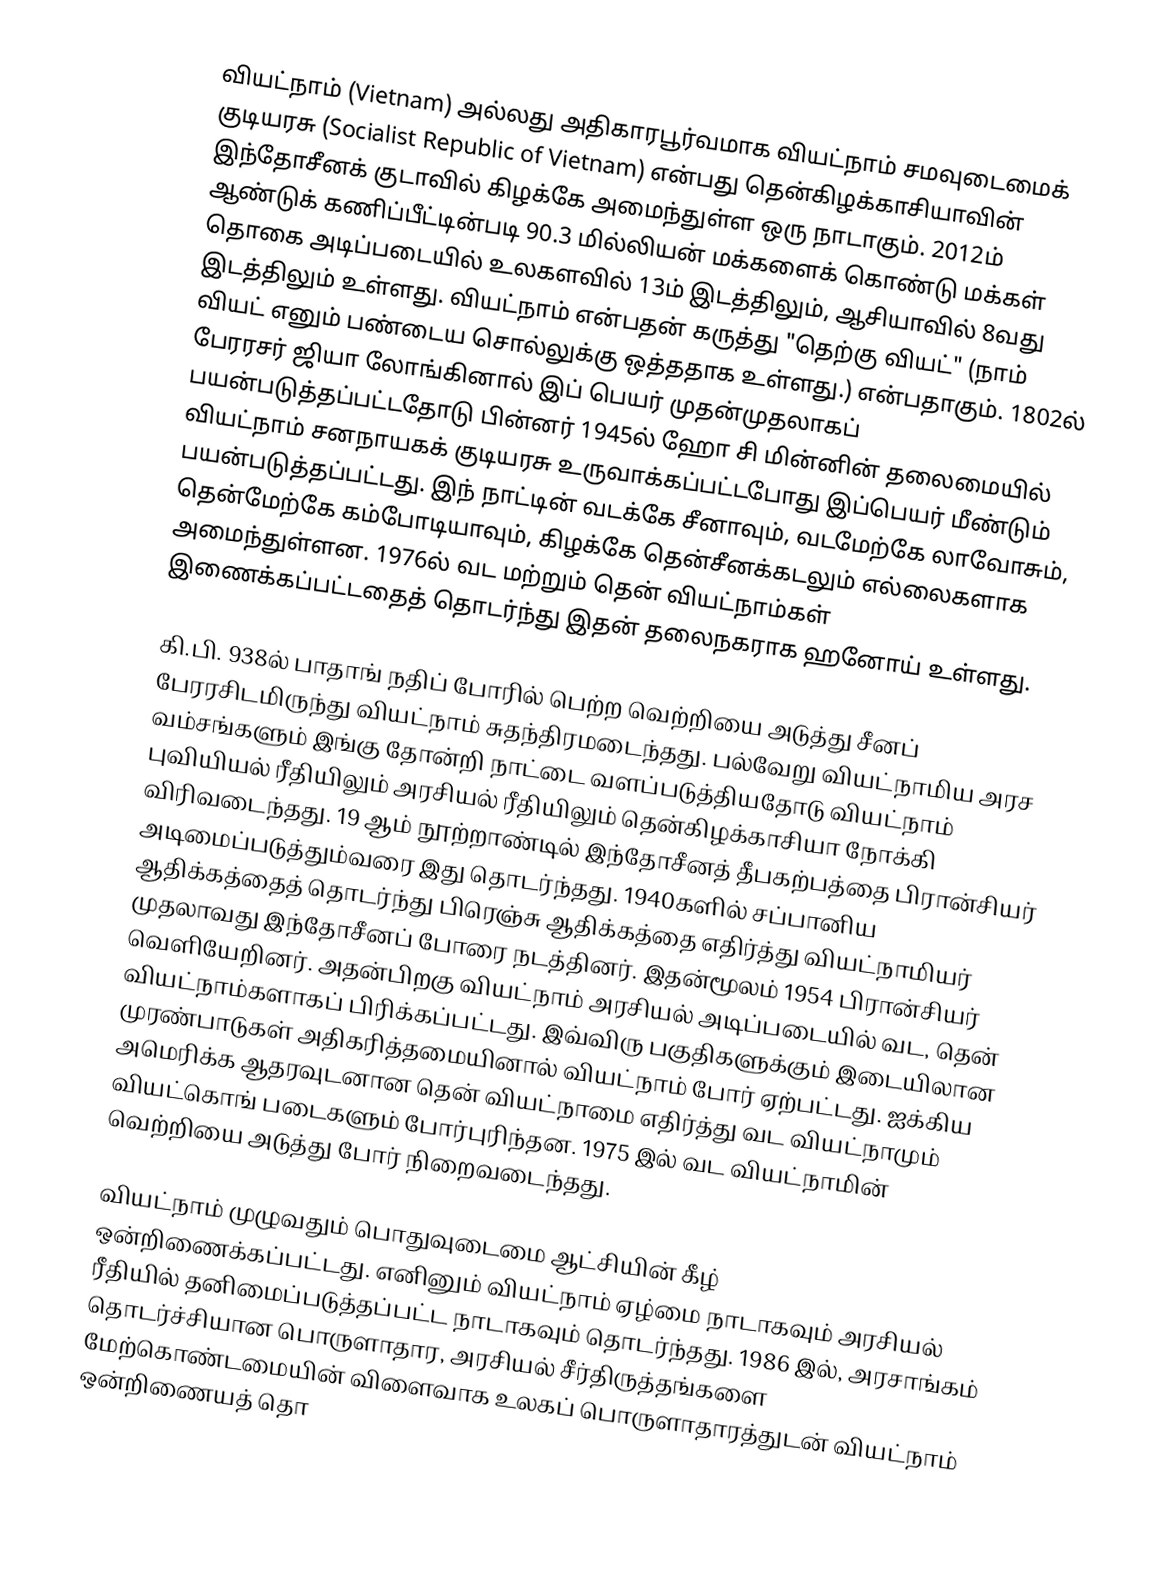
வியட்நாம் (Vietnam) அல்லது அதிகாரபூர்வமாக வியட்நாம் சமவுடைமைக் குடியரசு (Socialist Republic of Vietnam) என்பது தென்கிழக்காசியாவின் இந்தோசீனக் குடாவில் கிழக்கே அமைந்துள்ள ஒரு நாடாகும். 2012ம் ஆண்டுக் கணிப்பீட்டின்படி 90.3 மில்லியன் மக்களைக் கொண்டு மக்கள் தொகை அடிப்படையில் உலகளவில் 13ம் இடத்திலும், ஆசியாவில் 8வது இடத்திலும் உள்ளது. வியட்நாம் என்பதன் கருத்து "தெற்கு வியட்" (நாம் வியட் எனும் பண்டைய சொல்லுக்கு ஒத்ததாக உள்ளது.) என்பதாகும். 1802ல் பேரரசர் ஜியா லோங்கினால் இப் பெயர் முதன்முதலாகப் பயன்படுத்தப்பட்டதோடு பின்னர் 1945ல் ஹோ சி மின்னின் தலைமையில் வியட்நாம் சனநாயகக் குடியரசு உருவாக்கப்பட்டபோது இப்பெயர் மீண்டும் பயன்படுத்தப்பட்டது. இந் நாட்டின் வடக்கே சீனாவும், வடமேற்கே லாவோசும், தென்மேற்கே கம்போடியாவும், கிழக்கே தென்சீனக்கடலும் எல்லைகளாக அமைந்துள்ளன. 1976ல் வட மற்றும் தென் வியட்நாம்கள் இணைக்கப்பட்டதைத் தொடர்ந்து இதன் தலைநகராக ஹனோய் உள்ளது.

கி.பி. 938ல் பாதாங் நதிப் போரில் பெற்ற வெற்றியை அடுத்து சீனப் பேரரசிடமிருந்து வியட்நாம் சுதந்திரமடைந்தது. பல்வேறு வியட்நாமிய அரச வம்சங்களும் இங்கு தோன்றி நாட்டை வளப்படுத்தியதோடு வியட்நாம் புவியியல் ரீதியிலும் அரசியல் ரீதியிலும் தென்கிழக்காசியா நோக்கி விரிவடைந்தது. 19 ஆம் நூற்றாண்டில் இந்தோசீனத் தீபகற்பத்தை பிரான்சியர் அடிமைப்படுத்தும்வரை இது தொடர்ந்தது. 1940களில் சப்பானிய ஆதிக்கத்தைத் தொடர்ந்து பிரெஞ்சு ஆதிக்கத்தை எதிர்த்து வியட்நாமியர் முதலாவது இந்தோசீனப் போரை நடத்தினர். இதன்மூலம் 1954 பிரான்சியர் வெளியேறினர். அதன்பிறகு வியட்நாம் அரசியல் அடிப்படையில் வட, தென் வியட்நாம்களாகப் பிரிக்கப்பட்டது. இவ்விரு பகுதிகளுக்கும் இடையிலான முரண்பாடுகள் அதிகரித்தமையினால் வியட்நாம் போர் ஏற்பட்டது. ஐக்கிய அமெரிக்க ஆதரவுடனான தென் வியட்நாமை எதிர்த்து வட வியட்நாமும் வியட்கொங் படைகளும் போர்புரிந்தன. 1975 இல் வட வியட்நாமின் வெற்றியை அடுத்து போர் நிறைவடைந்தது.

வியட்நாம் முழுவதும் பொதுவுடைமை ஆட்சியின் கீழ் ஒன்றிணைக்கப்பட்டது. எனினும் வியட்நாம் ஏழ்மை நாடாகவும் அரசியல் ரீதியில் தனிமைப்படுத்தப்பட்ட நாடாகவும் தொடர்ந்தது. 1986 இல், அரசாங்கம் தொடர்ச்சியான பொருளாதார, அரசியல் சீர்திருத்தங்களை மேற்கொண்டமையின் விளைவாக உலகப் பொருளாதாரத்துடன் வியட்நாம் ஒன்றிணையத் தொ